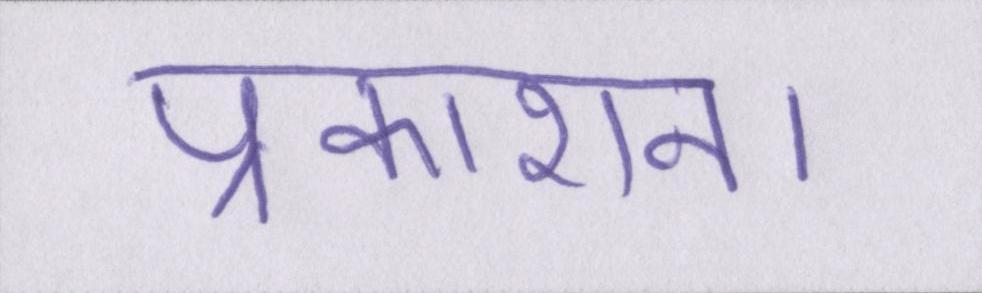
प्रकाशन।